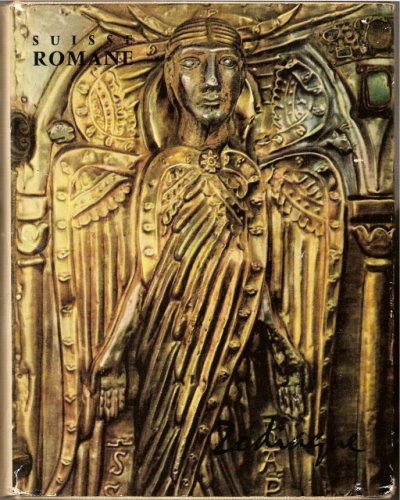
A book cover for Suisse Romane; Andre et al Burmeister; Travel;